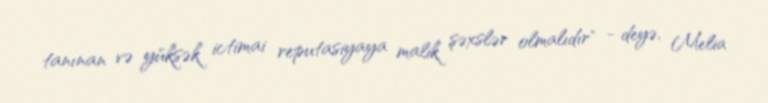
tanınan və yüksək ictimai reputasiyaya malik şəxslər olmalıdır" - deyə, Melia